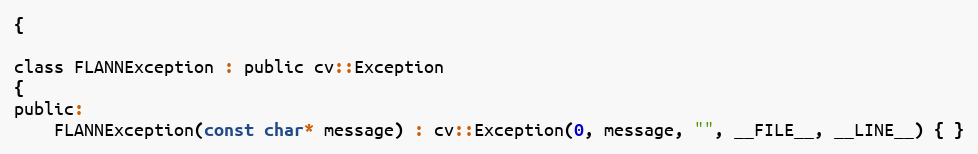
Language: C
{

class FLANNException : public cv::Exception
{
public:
    FLANNException(const char* message) : cv::Exception(0, message, "", __FILE__, __LINE__) { }